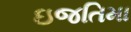
ઇજતિમા